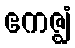
ဧကဇ္ဈံ